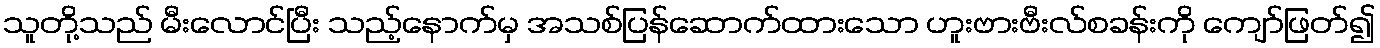
သူတို့သည် မီးလောင်ပြီး သည့်နောက်မှ အသစ်ပြန်ဆောက်ထားသော ဟူးဗားဗီးလ်စခန်းကို ကျော်ဖြတ်၍